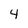
Character: 4